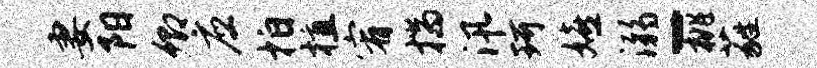
妻阳卿应拍植宥揣汛珂嬉溺-桃蕤